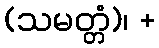
(သမတ္တံ)၊ +